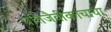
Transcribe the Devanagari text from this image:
प्रतिजैवीकांचाचा